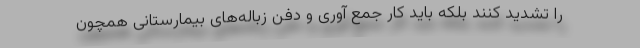
را تشدید کنند بلکه باید کار جمع آوری و دفن زباله‌های بیمارستانی همچون